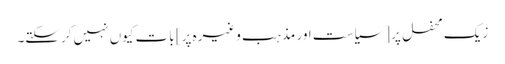
زیک محفل پر [سیاست اور مذہب وغیرہ پر] بات کیوں نہیں کرسکتے۔